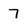
Character: 7